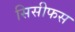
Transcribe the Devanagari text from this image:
सिसीफस